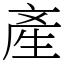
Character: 產